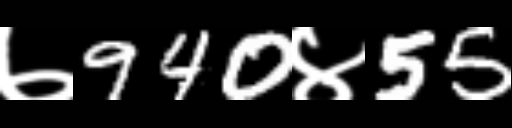
Text: ७940४55